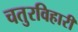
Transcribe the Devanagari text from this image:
चतुरविहारी